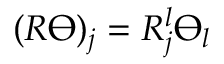
( R \varTheta ) _ { j } = R _ { j } ^ { l } \varTheta _ { l }